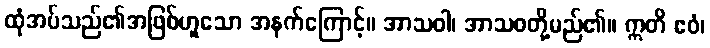
ထုံအပ်သည်၏အဖြစ်ဟူသော အနက်ကြောင့်။ အာသဝါ၊ အာသဝတို့မည်၏။ ဣတိ ဧဝံ၊